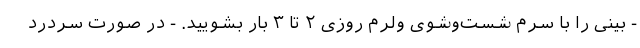
- بینی را با سرم شست‌وشوی ولرم روزی ۲ تا ۳ بار بشویید. - در صورت سردرد